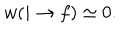
LaTeX: w ( i \rightarrow f ) \simeq 0 .